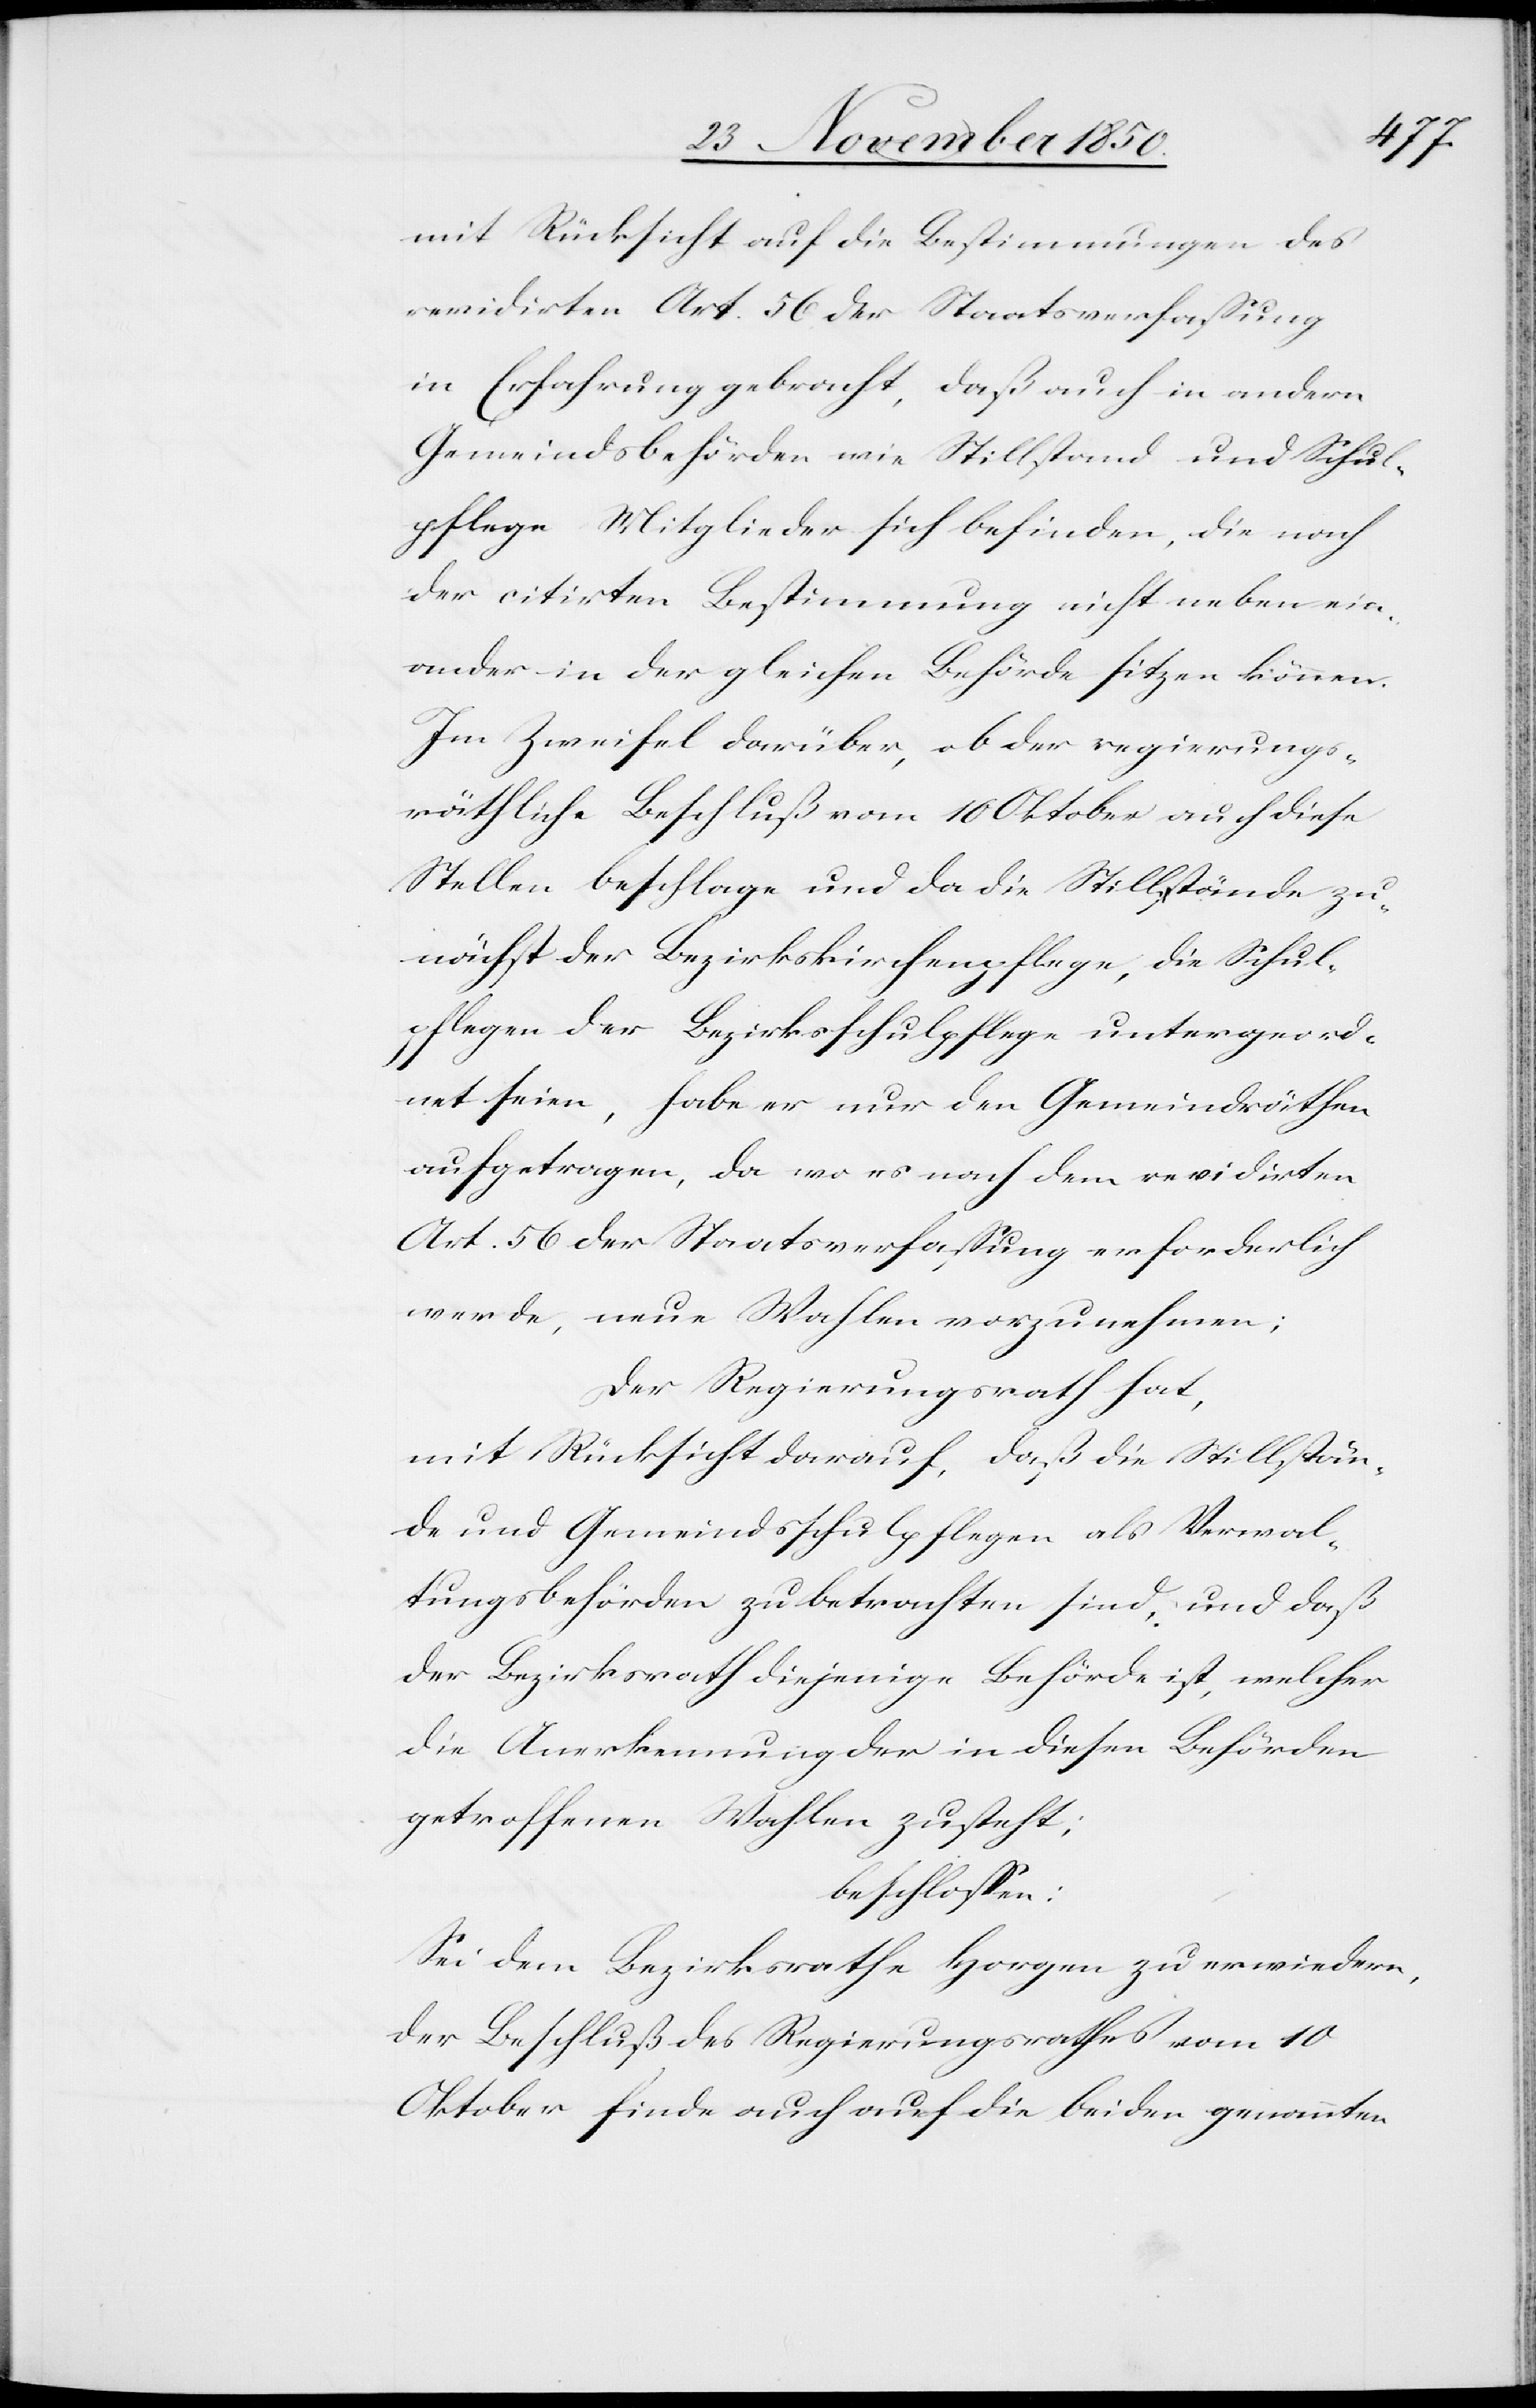
mit Rücksicht auf die Bestimmungen des
revidirten Art. 56 der Staatsverfassung
in Erfahrung gebracht, daß auch in andern
Gemeindsbehörden wie Stillstand und Schul¬
pflege Mitglieder sich befinden, die nach
der citirten Bestimmung nicht neben ein¬
ander in der gleichen Behörde sitzen können.
Im Zweifel darüber, ob der regierungs¬
räthliche Beschluß vom 10 Oktober auch diese
Stellen beschlage und da die Stillstände zu¬
nächst der Bezirkskirchenpflege, die Schul¬
pflegen der Bezirksschulpflege untergeord¬
net seien, habe er nur den Gemeindräthen
aufgetragen, da wo es nach dem revidirten
Art. 56 der Staatsverfassung erforderlich
werde, neue Wahlen vorzunehmen;
Der Regierungsrath hat,
mit Rücksicht darauf, daß die Stillstän¬
de und Gemeindsschulpflegen als Verwal¬
tungsbehörden zu betrachten sind, und daß
der Bezirksrath diejenige Behörde ist, welcher
die Anerkennung der in diesen Behörden
getroffenen Wahlen zusteht;
beschlossen:
Sei dem Bezirksrathe Horgen zu erwiedern,
der Beschluß des Regierungsrathes vom 10
Oktober finde auch auf die beiden genannten